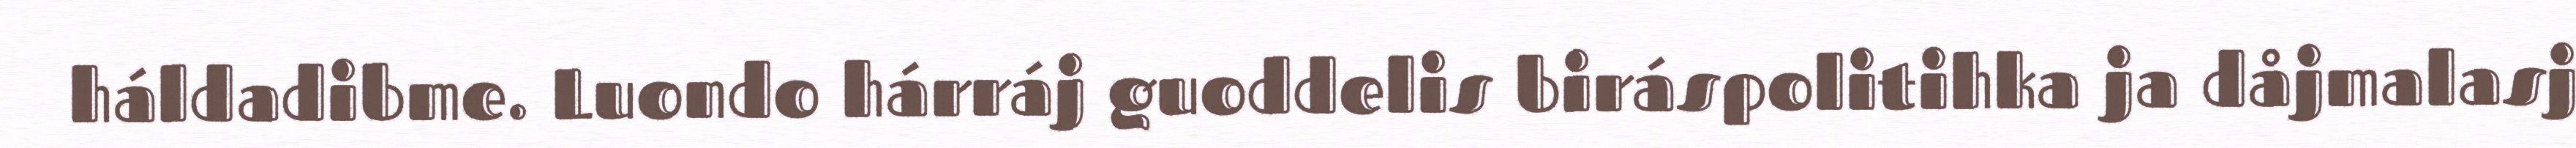
háldadibme. Luondo hárráj guoddelis biráspolitihka ja dåjmalasj